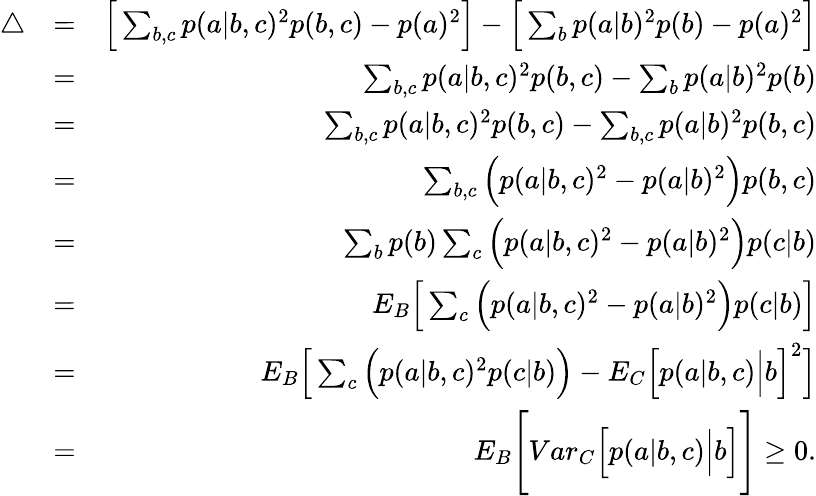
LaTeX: \begin{array}{rlr}{\bigtriangleup}&{=}&{\Big[\sum_{b,c}p(a|b,c)^{2}p(b,c)-p(a)^{2}\Big]-\Big[\sum_{b}p(a|b)^{2}p(b)-p(a)^{2}\Big]}\\ &{=}&{\sum_{b,c}p(a|b,c)^{2}p(b,c)-\sum_{b}p(a|b)^{2}p(b)}\\ &{=}&{\sum_{b,c}p(a|b,c)^{2}p(b,c)-\sum_{b,c}p(a|b)^{2}p(b,c)}\\ &{=}&{\sum_{b,c}\Big(p(a|b,c)^{2}-p(a|b)^{2}\Big)p(b,c)}\\ &{=}&{\sum_{b}p(b)\sum_{c}\Big(p(a|b,c)^{2}-p(a|b)^{2}\Big)p(c|b)}\\ &{=}&{{E}_{B}\Big[\sum_{c}\Big(p(a|b,c)^{2}-p(a|b)^{2}\Big)p(c|b)\Big]}\\ &{=}&{{E}_{B}\Big[\sum_{c}\Big(p(a|b,c)^{2}p(c|b)\Big)-{E}_{C}\Big[p(a|b,c)\Big|b\Big]^{2}\Big]}\\ &{=}&{{E}_{B}\Bigg[{Var}_{C}\Big[p(a|b,c)\Big|b\Big]\Bigg]\geq 0.}\end{array}